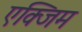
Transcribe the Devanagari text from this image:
एक्जिम